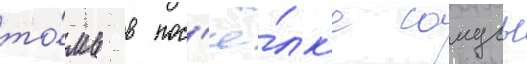
то́мь в пос'ё́лк'е самусь